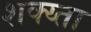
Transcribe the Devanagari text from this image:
शक्य्ता